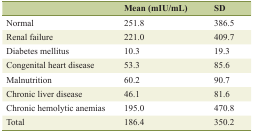
<table><thead><tr><td></td><td><b>Mean (mIU/mL)</b></td><td><b>SD</b></td></tr></thead><tbody><tr><td>Normal</td><td>251.8</td><td>386.5</td></tr><tr><td>Renal failure</td><td>221.0</td><td>409.7</td></tr><tr><td>Diabetes mellitus</td><td>10.3</td><td>19.3</td></tr><tr><td>Congenital heart disease</td><td>53.3</td><td>85.6</td></tr><tr><td>Malnutrition</td><td>60.2</td><td>90.7</td></tr><tr><td>Chronic liver disease</td><td>46.1</td><td>81.6</td></tr><tr><td>Chronic hemolytic anemias</td><td>195.0</td><td>470.8</td></tr><tr><td>Total</td><td>186.4</td><td>350.2</td></tr></tbody></table>